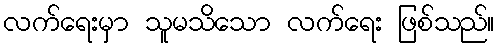
လက်ရေးမှာ သူမသိသော လက်ရေး ဖြစ်သည်။